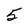
Character: 5